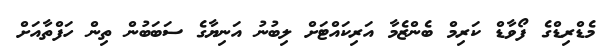
މެޑްރިޑްގެ ފޯވާޑް ކަރިމް ބެންޒެމާ އަރިކައްޓަށް ލިބުނު އަނިޔާގެ ސަބަބުން ތިން ހަފްތާއަށް